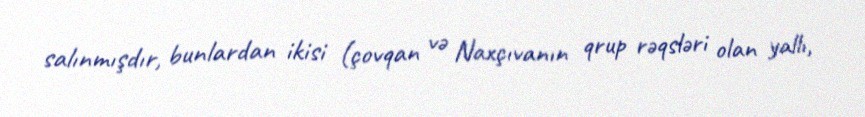
salınmışdır, bunlardan ikisi (çovqan və Naxçıvanın qrup rəqsləri olan yallı,